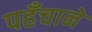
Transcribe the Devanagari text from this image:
पहँचाने